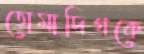
তোমাদিগকে